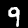
Digit: 9